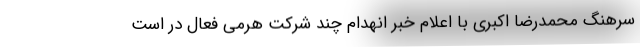
سرهنگ محمدرضا اکبری با اعلام خبر انهدام چند شرکت هرمی فعال در است